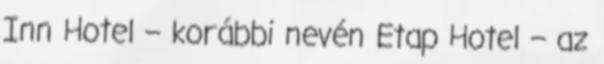
Inn Hotel – korábbi nevén Etap Hotel – az